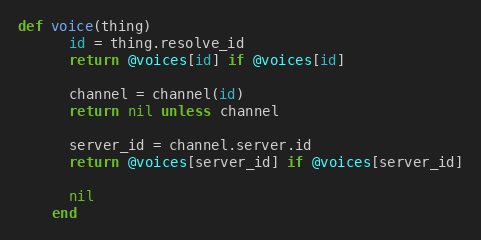
Language: Ruby
def voice(thing)
      id = thing.resolve_id
      return @voices[id] if @voices[id]

      channel = channel(id)
      return nil unless channel

      server_id = channel.server.id
      return @voices[server_id] if @voices[server_id]

      nil
    end